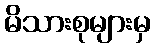
မိသားစုများမှ